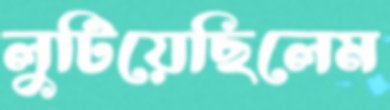
লুটিয়েছিলেম